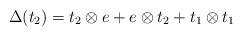
LaTeX: \begin{align*}\Delta(t_2)=t_2 \otimes e+e\otimes t_2+t_1\otimes t_1\end{align*}